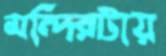
মন্দিরটায়